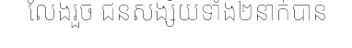
លែងរួច ជនសង្ស័យទាំង២នាក់បាន